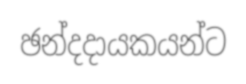
ඡන්දදායකයන්ට